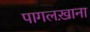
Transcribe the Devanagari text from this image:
पागलख़ाना